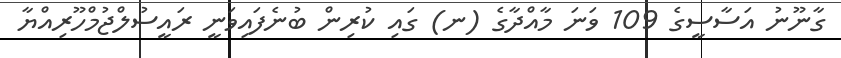
ގާނޫނު އަސާސީގެ 109 ވަނަ މާއްދާގެ (ނ) ގައި ކުރިން ބުނެފައިވަނީ ރައީސުލްޖުމްހޫރިއްޔާ